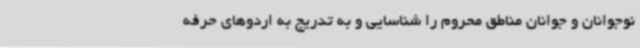
نوجوانان و جوانان مناطق محروم را شناسایی و به تدریج به اردوهای حرفه